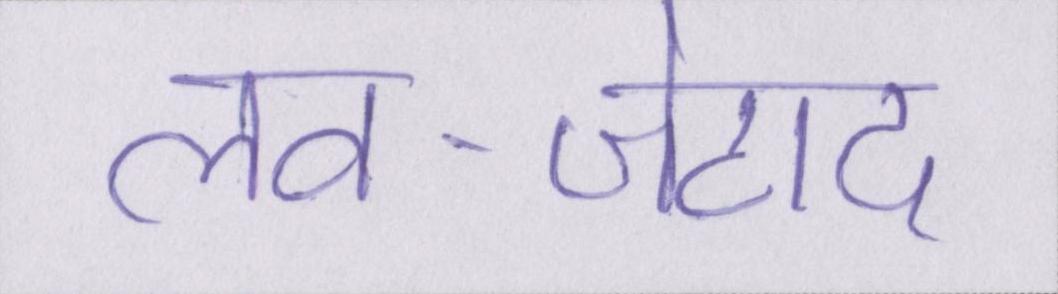
लव-जेहाद